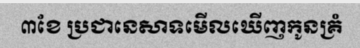
៣ខែ ប្រជានេសាទមើលឃើញកូនគ្រំ